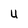
Character: U